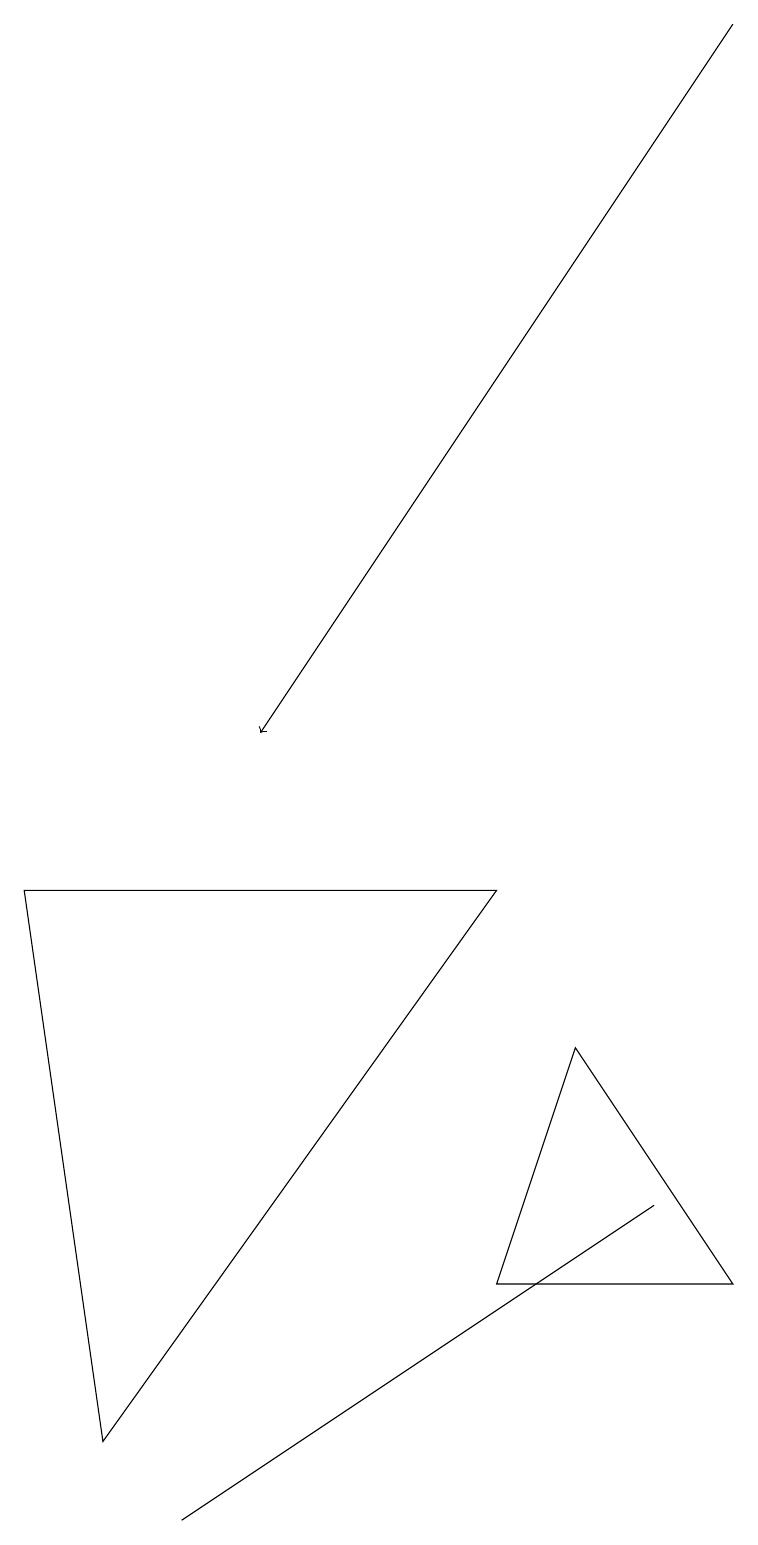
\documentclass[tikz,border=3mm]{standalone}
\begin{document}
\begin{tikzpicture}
\draw (0,8) -- (6,8) -- (1,1) -- cycle;
\draw[->] (9,19) -- (3,10);
\draw (5,2) -- (2,0) -- (8,4) -- cycle;
\draw (6,3) -- (7,6) -- (9,3) -- cycle;
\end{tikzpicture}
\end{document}